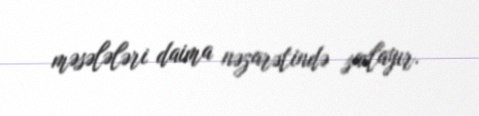
məsələləri daima nəzarətində saxlayır.